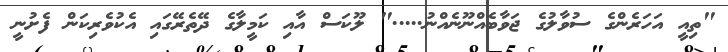
"ތިއީ އަހަރެންގެ ސުވާލުގެ ޖަވާބެއްނޫނެއްނު....." ލޫކަސް އާއި ކަމީލާގެ ދޭތެރޭގައި އެކުވެރިކަން ފެށުނީ